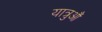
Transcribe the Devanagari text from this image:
यात्रुऔं